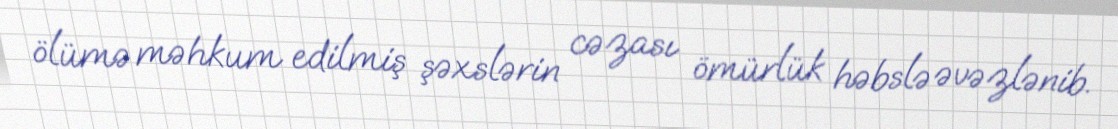
ölümə məhkum edilmiş şəxslərin cəzası ömürlük həbslə əvəzlənib.